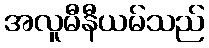
အလူမီနီယမ်သည်